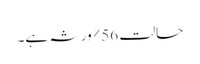
حالت 56٪ ورثہ ہے۔